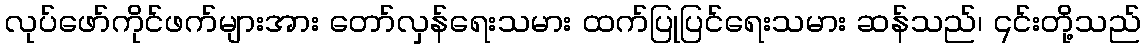
လုပ်ဖော်ကိုင်ဖက်များအား တော်လှန်ရေးသမား ထက်ပြုပြင်ရေးသမား ဆန်သည်၊ ၎င်းတို့သည်